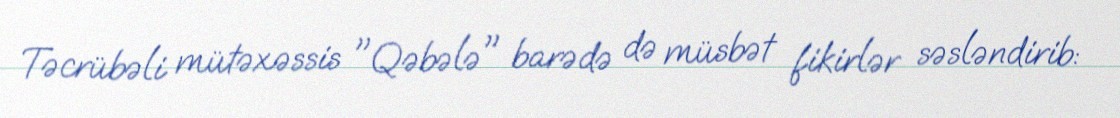
Təcrübəli mütəxəssis "Qəbələ" barədə də müsbət fikirlər səsləndirib: